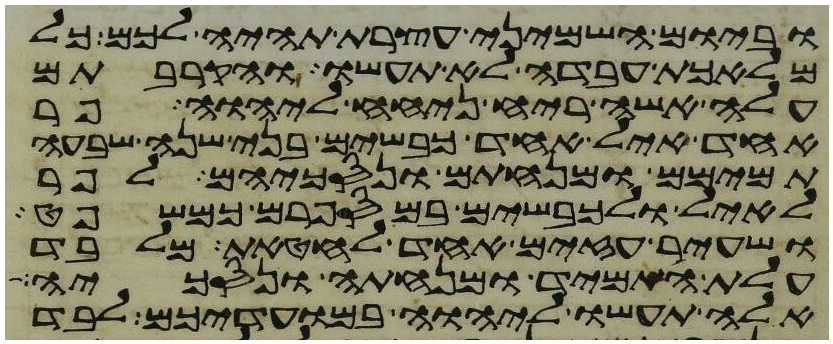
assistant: וביום השמיני עצרת תהיה לכם כל
מלאכת עבדה לא תעשו והקרבתם
עלה אשה ריח ניחח ליהוה פר
אחד איל אחד כבשים בני שנה שבעה
תמימם ומנחתם ונסכיהם לפר
לאיל ולכבשים במספרם כמשפט
ושעיר עזים אחד לחטאת מלבד
עלת התמיד ומנחתה ונסכיה
אלה תעשו ליהוה במועדיכם לבד